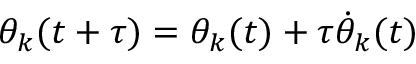
\theta _ { k } ( t + \tau ) = \theta _ { k } ( t ) + \tau \dot { \theta } _ { k } ( t )